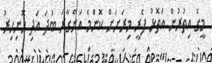
މީގެ އިތުރުން އަތޮޅު ފެރީ މިރަށަށް ކޮންމެ އަންގާރަ ބުދަ އަދި ހޮނިހިރު